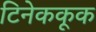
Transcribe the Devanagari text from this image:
टिनेककूक